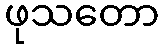
ဖုသတော